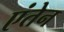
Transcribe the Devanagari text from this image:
एंतेन